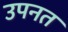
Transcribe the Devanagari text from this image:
उपनत